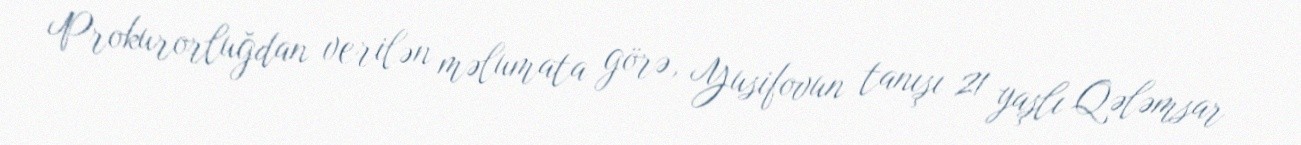
Prokurorluğdan verilən məlumata görə, Yusifovun tanışı 21 yaşlı Qələmsar